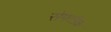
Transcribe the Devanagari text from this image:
सेफ्टीक